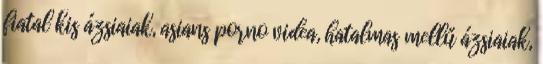
fiatal kis ázsiaiak, asians porno videa, hatalmas mellű ázsiaiak,